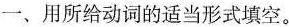
一、用所给动词的适当形式填空。